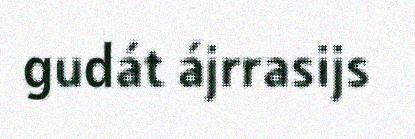
gudát ájrrasijs